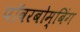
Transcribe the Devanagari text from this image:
पॉवरबोम्बिंग